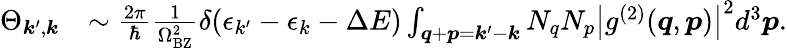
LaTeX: \begin{array}{rl}{\Theta_{\boldsymbol{k}^{\prime},\boldsymbol{k}}}&{\sim\frac{2\pi}{\hbar}\frac{1}{\Omega_{\mathrm{BZ}}^{2}}\delta(\epsilon_{k^{\prime}}-\epsilon_{k}-\Delta E)\int_{\boldsymbol{q}+\boldsymbol{p}=\boldsymbol{k}^{\prime}-\boldsymbol{k}}N_{q}N_{p}\big|g^{(2)}(\boldsymbol{q},\boldsymbol{p})\big|^{2}d^{3}\boldsymbol{p}.}\end{array}